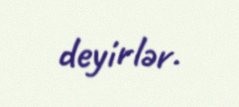
deyirlər.